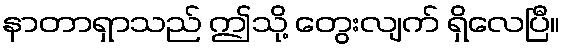
နာတာရှာသည် ဤသို့ တွေးလျက် ရှိလေပြီ။